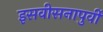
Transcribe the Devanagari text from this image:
इसवीसनापुर्वी